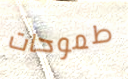
طموحات